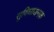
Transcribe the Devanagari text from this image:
सुविघाजनक